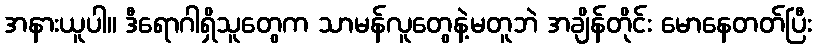
အနားယူပါ။ ဒီရောဂါရှိသူတွေက သာမန်လူတွေနဲ့မတူဘဲ အချိန်တိုင်း မောနေတတ်ပြီး